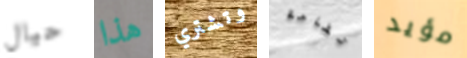
حيال هذا وتشتري تفاحة مؤيد